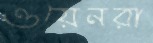
ওয়েনরা